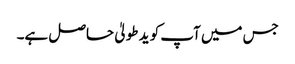
جس میں آپ کو ید طولیٰ حاصل ہے۔